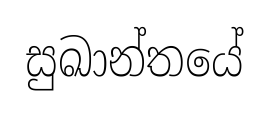
සුඛාන්තයේ